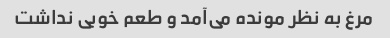
مرغ به نظر مونده می‌آمد و طعم خوبی نداشت